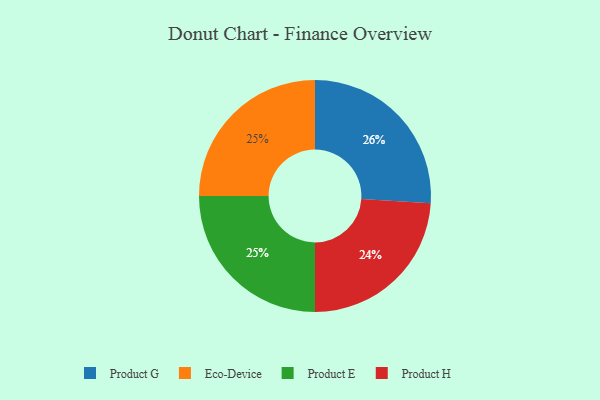
{"axis": {"x": "Category", "y": "Percentage"}, "legend": ["Eco-Device", "Product E", "Product G", "Product H"], "data": [{"x": "Product H", "y": 24, "type": "Product H"}, {"x": "Eco-Device", "y": 25, "type": "Eco-Device"}, {"x": "Product E", "y": 25, "type": "Product E"}, {"x": "Product G", "y": 26, "type": "Product G"}]}